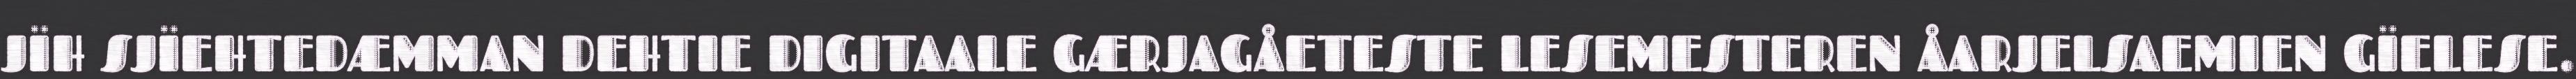
JÏH SJÏEHTEDÆMMAN DEHTIE DIGITAALE GÆRJAGÅETESTE LESEMESTEREN ÅARJELSAEMIEN GÏELESE.